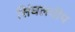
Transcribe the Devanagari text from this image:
सिंघलदीप